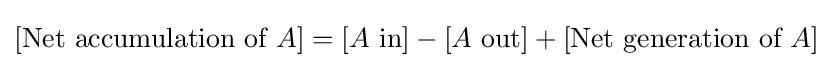
[{\text{Net accumulation of}}~A]=[A~{\text{in}}]-[A~{\text{out}}]+[{\text{Net generation of}}~A]